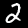
Label: 2